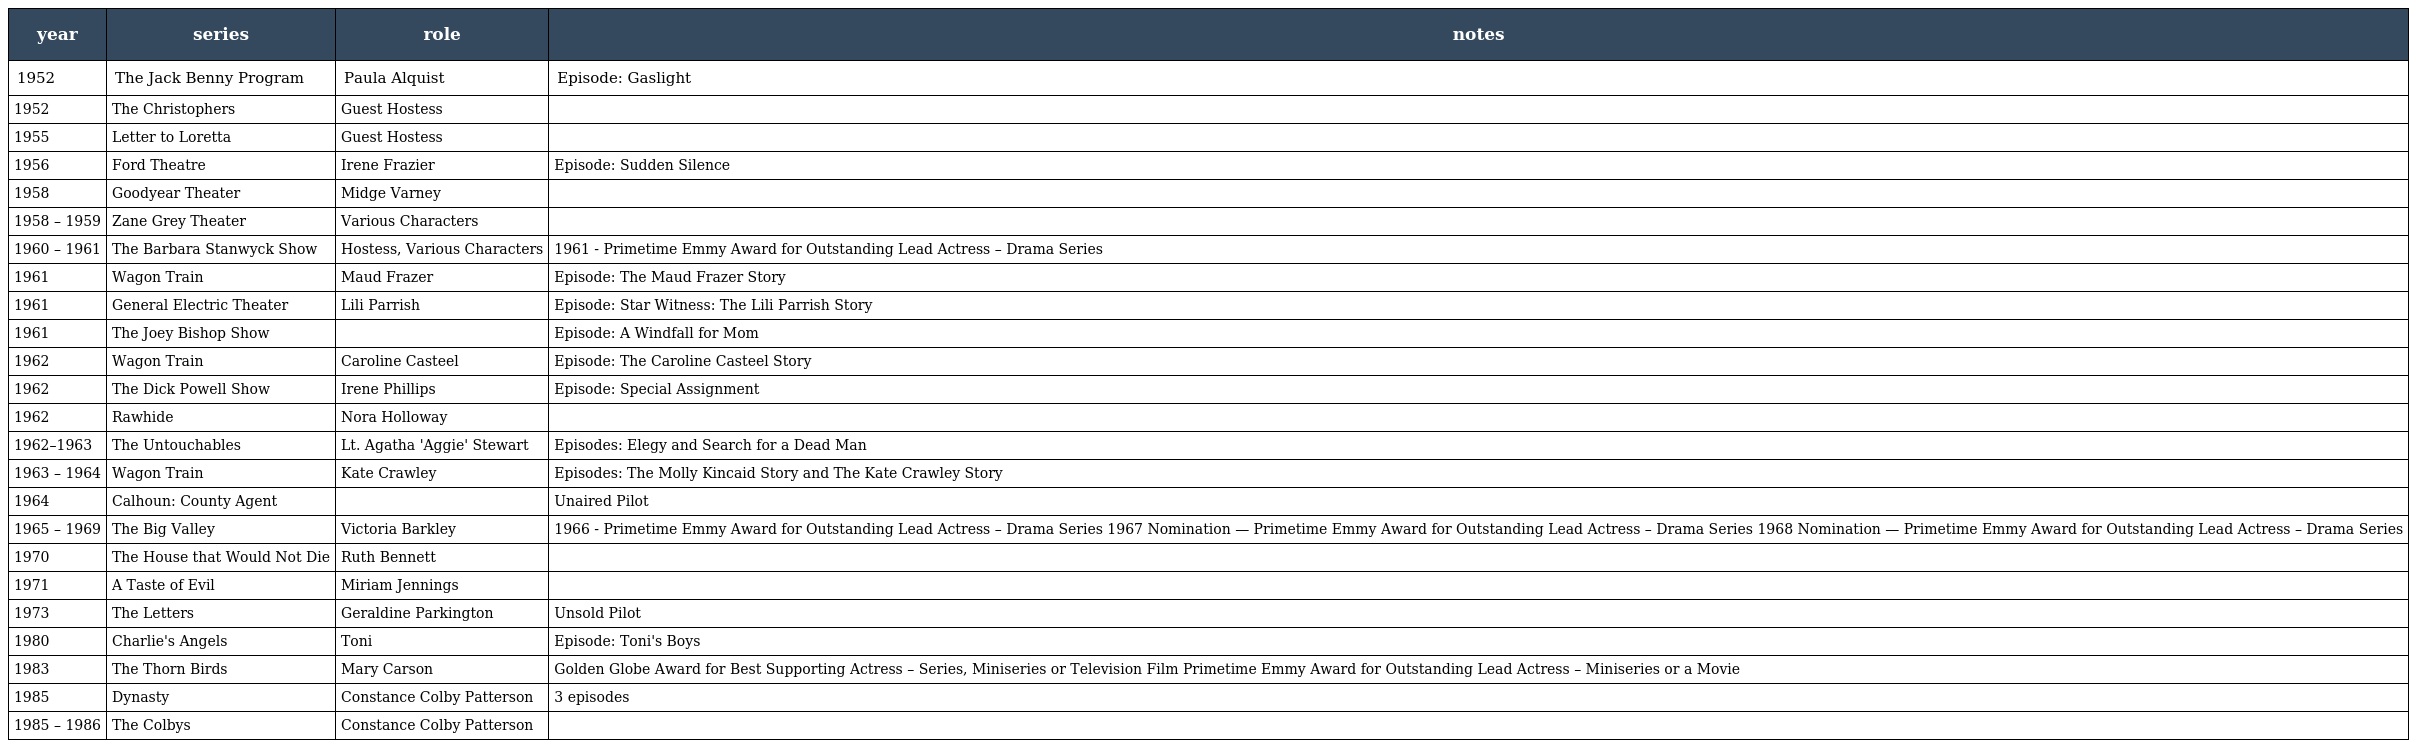
| year | series | role | notes |
 | --- | --- | --- | --- |
 | 1952 | The Jack Benny Program | Paula Alquist | Episode: Gaslight |
 | 1952 | The Christophers | Guest Hostess |  |
 | 1955 | Letter to Loretta | Guest Hostess |  |
 | 1956 | Ford Theatre | Irene Frazier | Episode: Sudden Silence |
 | 1958 | Goodyear Theater | Midge Varney |  |
 | 1958 – 1959 | Zane Grey Theater | Various Characters |  |
 | 1960 – 1961 | The Barbara Stanwyck Show | Hostess, Various Characters | 1961 - Primetime Emmy Award for Outstanding Lead Actress – Drama Series |
 | 1961 | Wagon Train | Maud Frazer | Episode: The Maud Frazer Story |
 | 1961 | General Electric Theater | Lili Parrish | Episode: Star Witness: The Lili Parrish Story |
 | 1961 | The Joey Bishop Show |  | Episode: A Windfall for Mom |
 | 1962 | Wagon Train | Caroline Casteel | Episode: The Caroline Casteel Story |
 | 1962 | The Dick Powell Show | Irene Phillips | Episode: Special Assignment |
 | 1962 | Rawhide | Nora Holloway |  |
 | 1962–1963 | The Untouchables | Lt. Agatha 'Aggie' Stewart | Episodes: Elegy and Search for a Dead Man |
 | 1963 – 1964 | Wagon Train | Kate Crawley | Episodes: The Molly Kincaid Story and The Kate Crawley Story |
 | 1964 | Calhoun: County Agent |  | Unaired Pilot |
 | 1965 – 1969 | The Big Valley | Victoria Barkley | 1966 - Primetime Emmy Award for Outstanding Lead Actress – Drama Series 1967 Nomination — Primetime Emmy Award for Outstanding Lead Actress – Drama Series 1968 Nomination — Primetime Emmy Award for Outstanding Lead Actress – Drama Series |
 | 1970 | The House that Would Not Die | Ruth Bennett |  |
 | 1971 | A Taste of Evil | Miriam Jennings |  |
 | 1973 | The Letters | Geraldine Parkington | Unsold Pilot |
 | 1980 | Charlie's Angels | Toni | Episode: Toni's Boys |
 | 1983 | The Thorn Birds | Mary Carson | Golden Globe Award for Best Supporting Actress – Series, Miniseries or Television Film Primetime Emmy Award for Outstanding Lead Actress – Miniseries or a Movie |
 | 1985 | Dynasty | Constance Colby Patterson | 3 episodes |
 | 1985 – 1986 | The Colbys | Constance Colby Patterson |  |